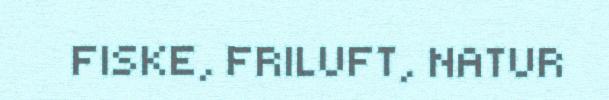
FISKE, FRILUFT, NATUR